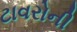
ટાવરોની